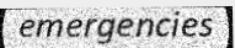
emergencies